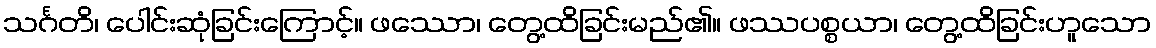
သင်္ဂတိ၊ ပေါင်းဆုံခြင်းကြောင့်။ ဖဿော၊ တွေ့ထိခြင်းမည်၏။ ဖဿပစ္စယာ၊ တွေ့ထိခြင်းဟူသော